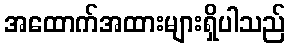
အထောက်အထားများရှိပါသည်